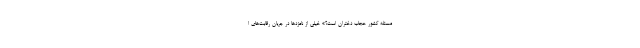
مسئله کشور حجاب دختران است؟» خیلی از نامزدها در جریان رقابت‌های ا